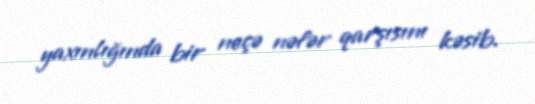
yaxınlığında bir neçə nəfər qarşısını kəsib.